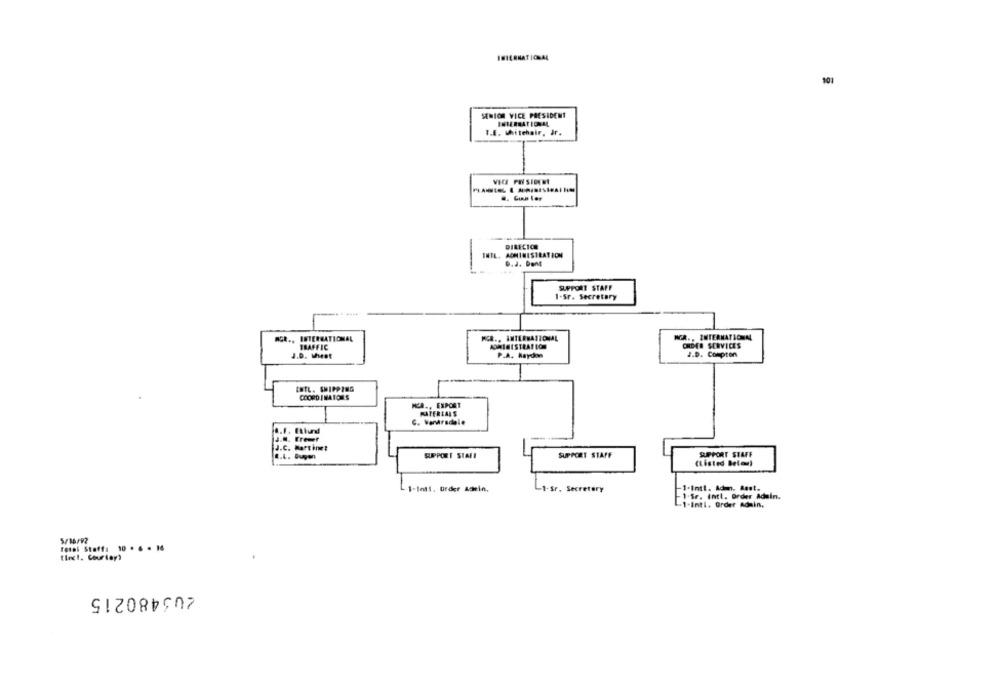
INTERNATIONAL
101
SENIOR VICE PRESIDENT
INTERNATIONAL
I.E. Whitehair, Jr.
VECE PEI SIONI
DIRECION
INTL. ADMINISTRATION
0.2. Dont
SUPPORT STAFF
1-sr. Secretary
MGR ., INTERNATIONAL
MGR ., INTERNATIONAL
NGA ., INTERNATIONM
IBAFFIC
COME SERVICES
2.D. Compton
J.D. What
P.A. Raydon
tuTL. SHIPPING
COORDINATOILS
KR ., EXPORT
MATERIALS
C. Wararsdale
.. 1. Ethird
J.M. Fremer
J.C. Martinet
I.L. Dugen
SUPPORT STALI
SUPPORT STAFF
SUPPORT STAFF
(Listed Below)
L 1-Int1. ürder Adeein,
-1-Sr. Secretary
-1-Intl. Admn. Aast.
1-Sr. Intl. Order Adain.
-1-Intl. Order Admin.
5/16/92
Total Staff: 10 . 6 . 16
tinct. Gourlay'
203480215